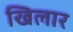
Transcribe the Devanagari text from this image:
खिलार